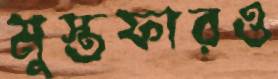
মুস্তফারও